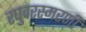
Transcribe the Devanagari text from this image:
रघुवरस्मरणी